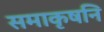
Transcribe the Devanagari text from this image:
समाकृषनि